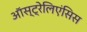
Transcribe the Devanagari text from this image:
ऑस्ट्रेलिएंसिस